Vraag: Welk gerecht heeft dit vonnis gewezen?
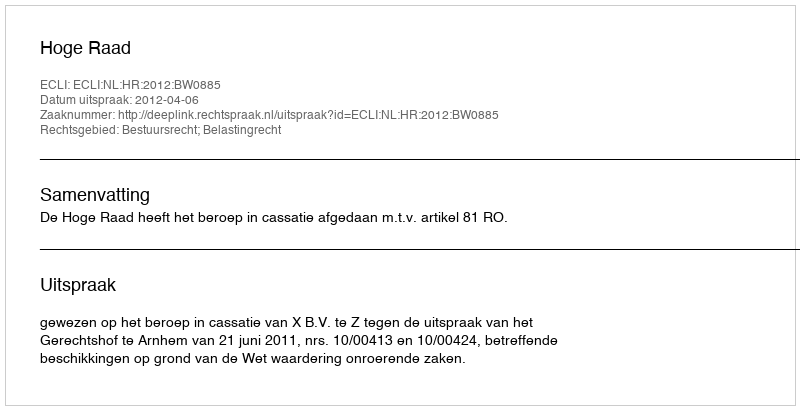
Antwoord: Hoge Raad